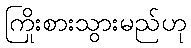
ကြိုးစားသွားမည်ဟု